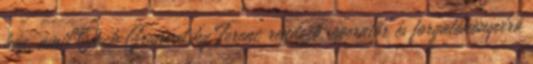
ház, amit Jack Grunwalsky Ferenc rendező, operatőr és forgatókönyvíró